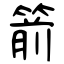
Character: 箭